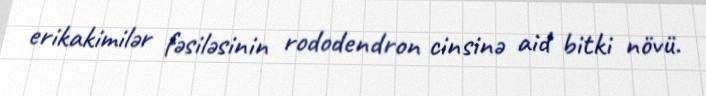
erikakimilər fəsiləsinin rododendron cinsinə aid bitki növü.